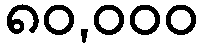
၈၀,၀၀၀